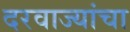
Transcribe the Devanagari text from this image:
दरवाज्यांचा